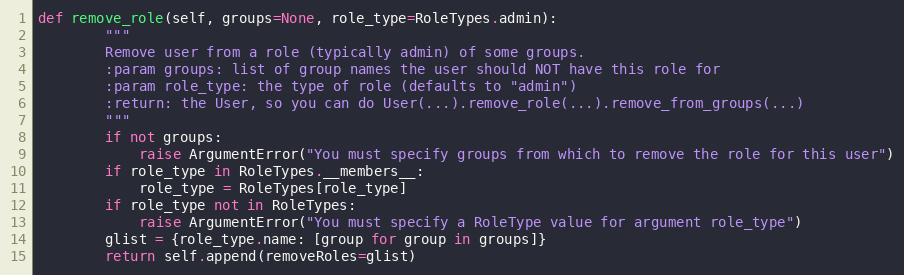
Language: Python
def remove_role(self, groups=None, role_type=RoleTypes.admin):
        """
        Remove user from a role (typically admin) of some groups.
        :param groups: list of group names the user should NOT have this role for
        :param role_type: the type of role (defaults to "admin")
        :return: the User, so you can do User(...).remove_role(...).remove_from_groups(...)
        """
        if not groups:
            raise ArgumentError("You must specify groups from which to remove the role for this user")
        if role_type in RoleTypes.__members__:
            role_type = RoleTypes[role_type]
        if role_type not in RoleTypes:
            raise ArgumentError("You must specify a RoleType value for argument role_type")
        glist = {role_type.name: [group for group in groups]}
        return self.append(removeRoles=glist)